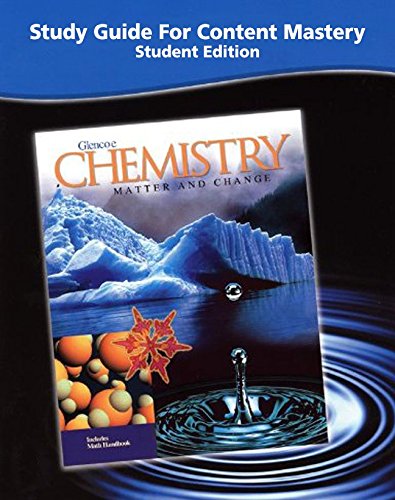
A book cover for Chemistry: Matter and Change; Study Guide for Content Mastery; Science & Math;